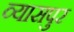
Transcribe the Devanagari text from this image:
व्‍यासपुर